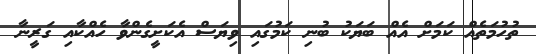
ތުހުމަތެއް ކަމަށް އެއް ބަޔަކު ބުނި ކަމުގައި ވިޔަސް އެކަށީގެންވާ ހެއްކާއި ގަރީނާ